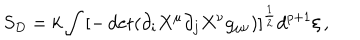
S _ { D } = k \int \left[ - \det ( \partial _ { i } X ^ { \mu } \partial _ { j } X ^ { \nu } g _ { \mu \nu } ) \right] ^ { \frac { 1 } { 2 } } d ^ { p + 1 } { \xi } \, ,